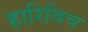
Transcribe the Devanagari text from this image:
हारिविच